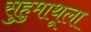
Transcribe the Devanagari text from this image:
सुहुमाथूला